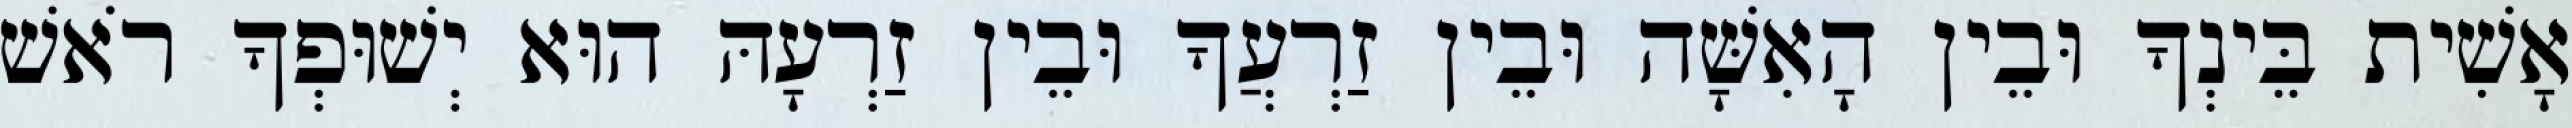
אָשִׁית בֵּינְךָ וּבֵין הָאִשָּׁה וּבֵין זַרְעֲךָ וּבֵין זַרְעָהּ הוּא יְשׁוּפְךָ רֹאשׁ